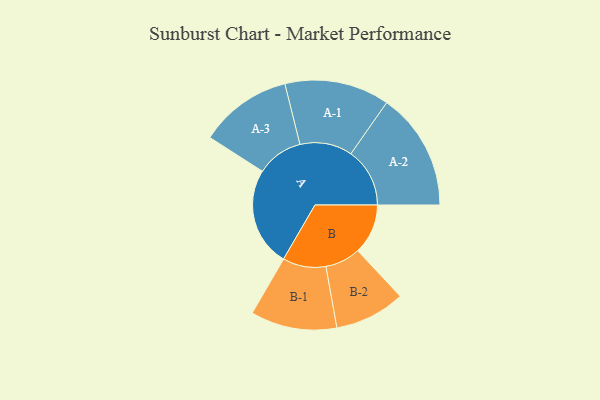
{"axis": {"x": "Segment", "y": "Value"}, "legend": ["", "A", "B"], "data": [{"x": "A", "y": 491, "type": ""}, {"x": "B", "y": 249, "type": ""}, {"x": "A-1", "y": 260, "type": "A"}, {"x": "A-2", "y": 292, "type": "A"}, {"x": "A-3", "y": 230, "type": "A"}, {"x": "B-1", "y": 214, "type": "B"}, {"x": "B-2", "y": 175, "type": "B"}]}